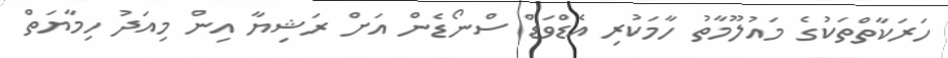
ހަރަކާތްތަކުގެ މައުލޫމާތު ހާމަކުރި އެޑްވަޑް ސްނޯޑެން އަށް ރަޝިޔާ އިން މިއަދު ހިމާޔަތް